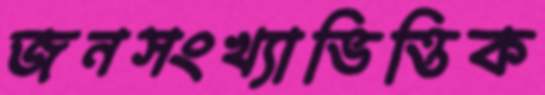
জনসংখ্যাভিত্তিক